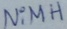
Text: NiMH